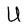
Character: U